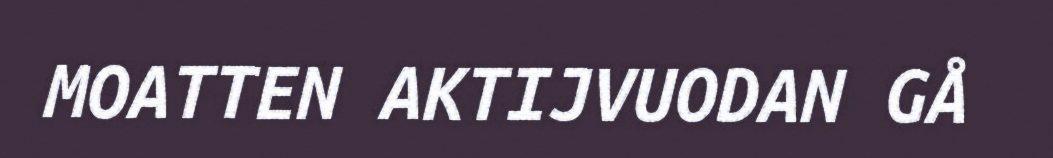
MOATTEN AKTIJVUODAN GÅ